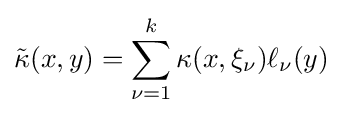
{\tilde {\kappa }}(x,y)=\sum _{\nu =1}^{k}\kappa (x,\xi _{\nu })\ell _{\nu }(y)